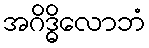
အဂိဒ္ဓိလောဘံ